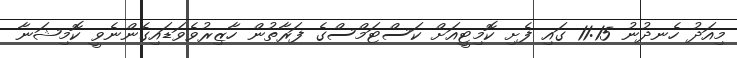
މިއަދު ހެނދުނު 11:15 ގައި ފެށި ކޮމިޓީއަށް ކަސްޓަމްސްގެ ފަރާތުން ހާޒިރުވެވަޑައިގެންނެވީ ކޮމިޝަނާ